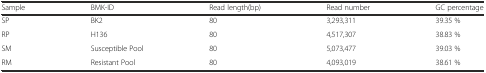
<table><thead><tr><td><b>Sample</b></td><td><b>BMK-ID</b></td><td><b>Read length(bp)</b></td><td><b>Read number</b></td><td><b>GC percentage</b></td></tr></thead><tbody><tr><td>SP</td><td>BK2</td><td>80</td><td>3,293,311</td><td>39.35 %</td></tr><tr><td>RP</td><td>H136</td><td>80</td><td>4,517,307</td><td>38.83 %</td></tr><tr><td>SM</td><td>Susceptible Pool</td><td>80</td><td>5,073,477</td><td>39.03 %</td></tr><tr><td>RM</td><td>Resistant Pool</td><td>80</td><td>4,093,019</td><td>38.61 %</td></tr></tbody></table>